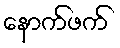
နောက်ဖက်